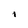
Character: 1